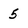
Character: 5